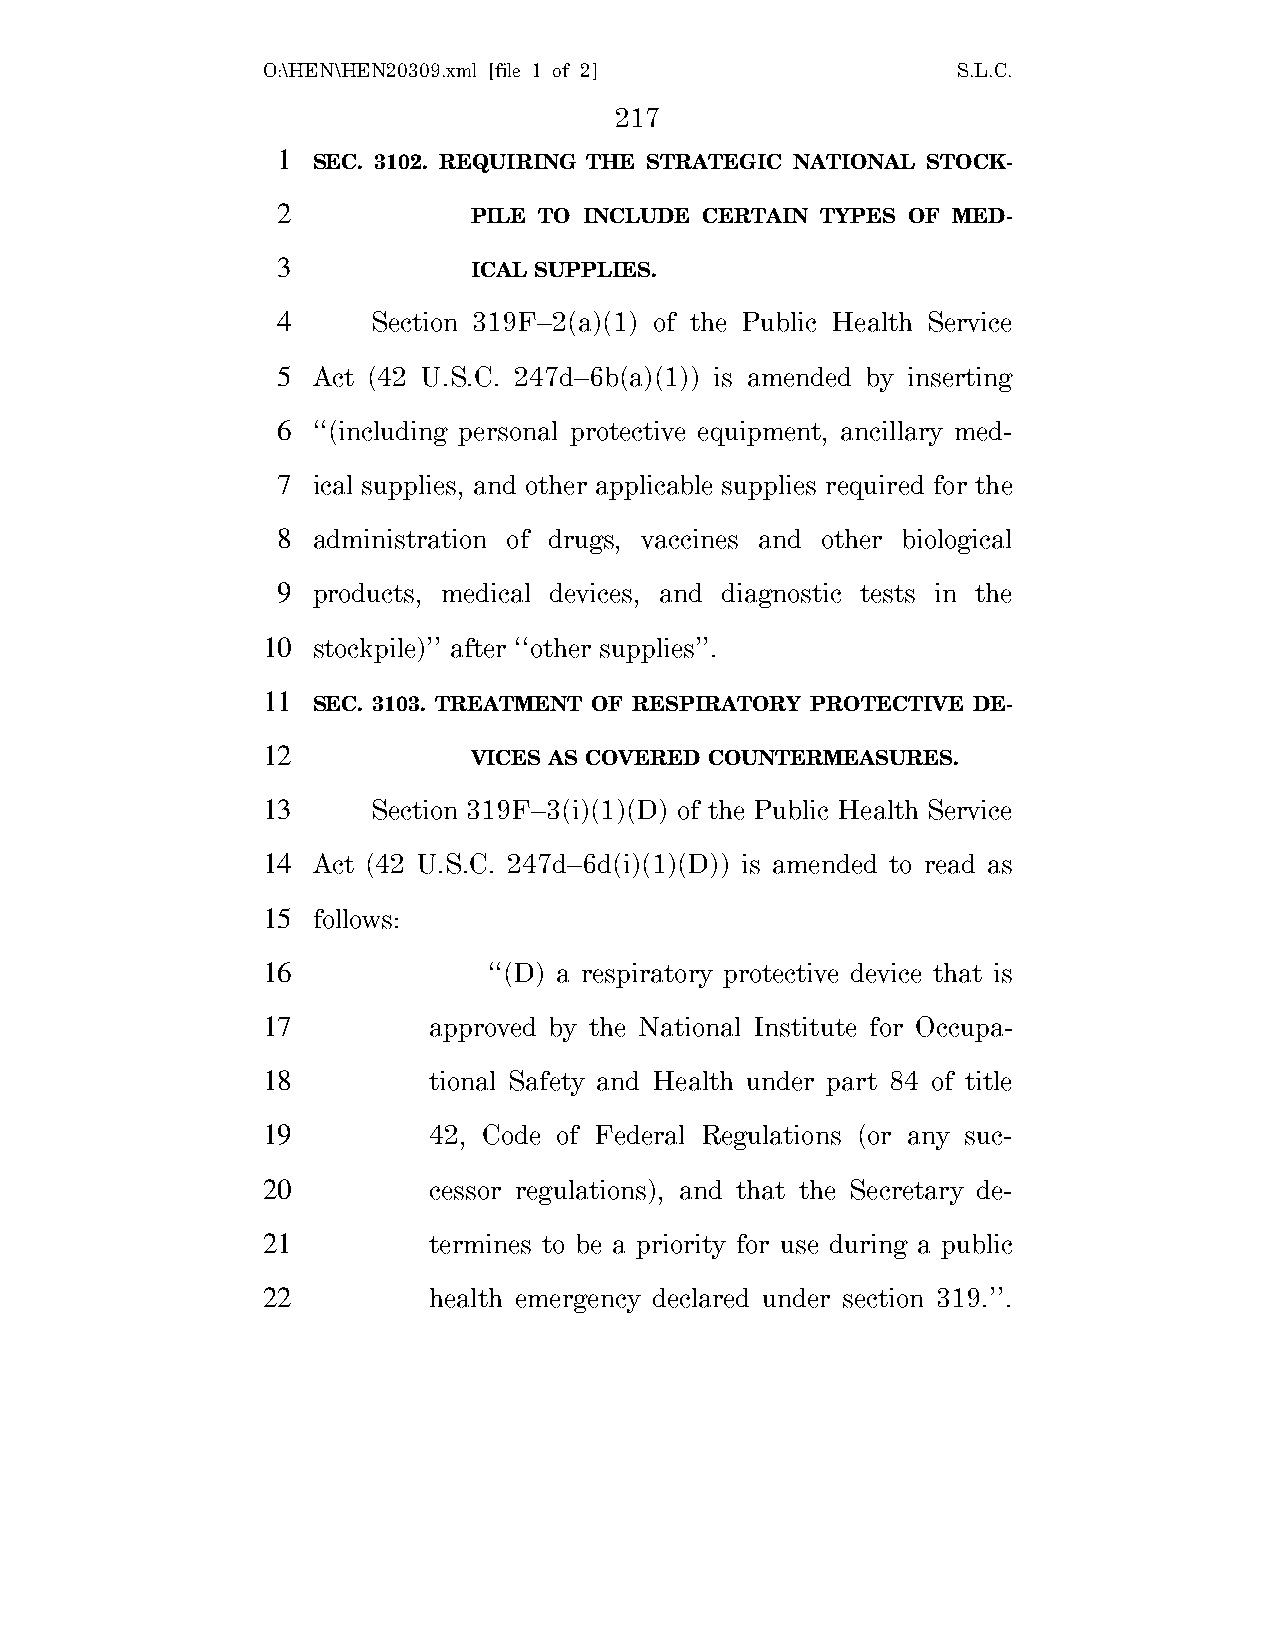
O:\HEN\HEN20309.xml [file 1 of 2]             S.L.C.
 217
 1
 SEC. 3102. REQUIRING THE STRATEGIC NATIONAL STOCK-
 2
 PILE TO INCLUDE CERTAIN TYPES OF MED-
 3
 ICAL SUPPLIES.
 4      Section 319F–2(a)(1) of the Public Health Service
 5  Act (42 U.S.C. 247d–6b(a)(1)) is amended by inserting
 6  ‘‘(including personal protective equipment, ancillary med-
 7  ical supplies, and other applicable supplies required for the
 8  administration of drugs, vaccines and other biological
 9  products, medical devices, and diagnostic tests in the
 10  stockpile)’’ after ‘‘other supplies’’.
 11
 SEC. 3103. TREATMENT OF RESPIRATORY PROTECTIVE DE-
 12
 VICES AS COVERED COUNTERMEASURES.
 13      Section 319F–3(i)(1)(D) of the Public Health Service
 14  Act (42 U.S.C. 247d–6d(i)(1)(D)) is amended to read as
 15  follows:
 16             ‘‘(D) a respiratory protective device that is
 17         approved by the National Institute for Occupa-
 18         tional Safety and Health under part 84 of title
 19         42, Code of Federal Regulations (or any suc-
 20         cessor regulations), and that the Secretary de-
 21         termines to be a priority for use during a public
 22         health emergency declared under section 319.’’.